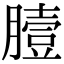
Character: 𦠉